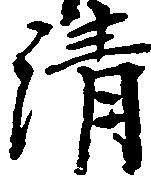
清